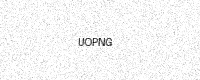
Text: UOPNG